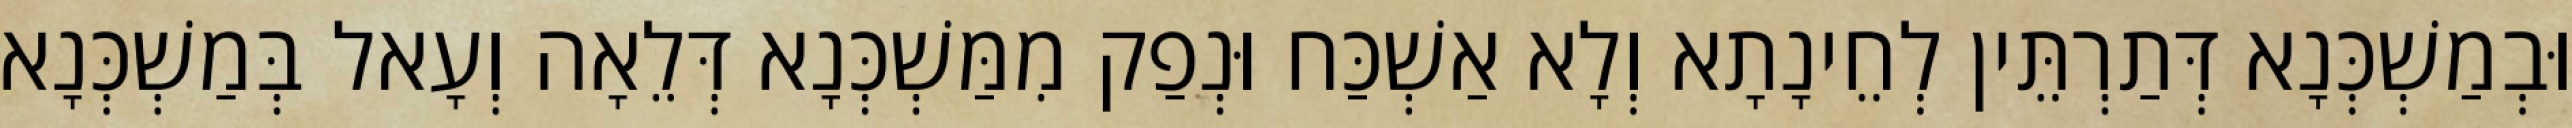
וּבְמַשְׁכְּנָא דְּתַרְתֵּין לְחֵינָתָא וְלָא אַשְׁכַּח וּנְפַק מִמַּשְׁכְּנָא דְּלֵאָה וְעָאל בְּמַשְׁכְּנָא